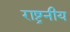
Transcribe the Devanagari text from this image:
राष्ट्रनीय